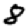
Digit: 8